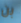
بن